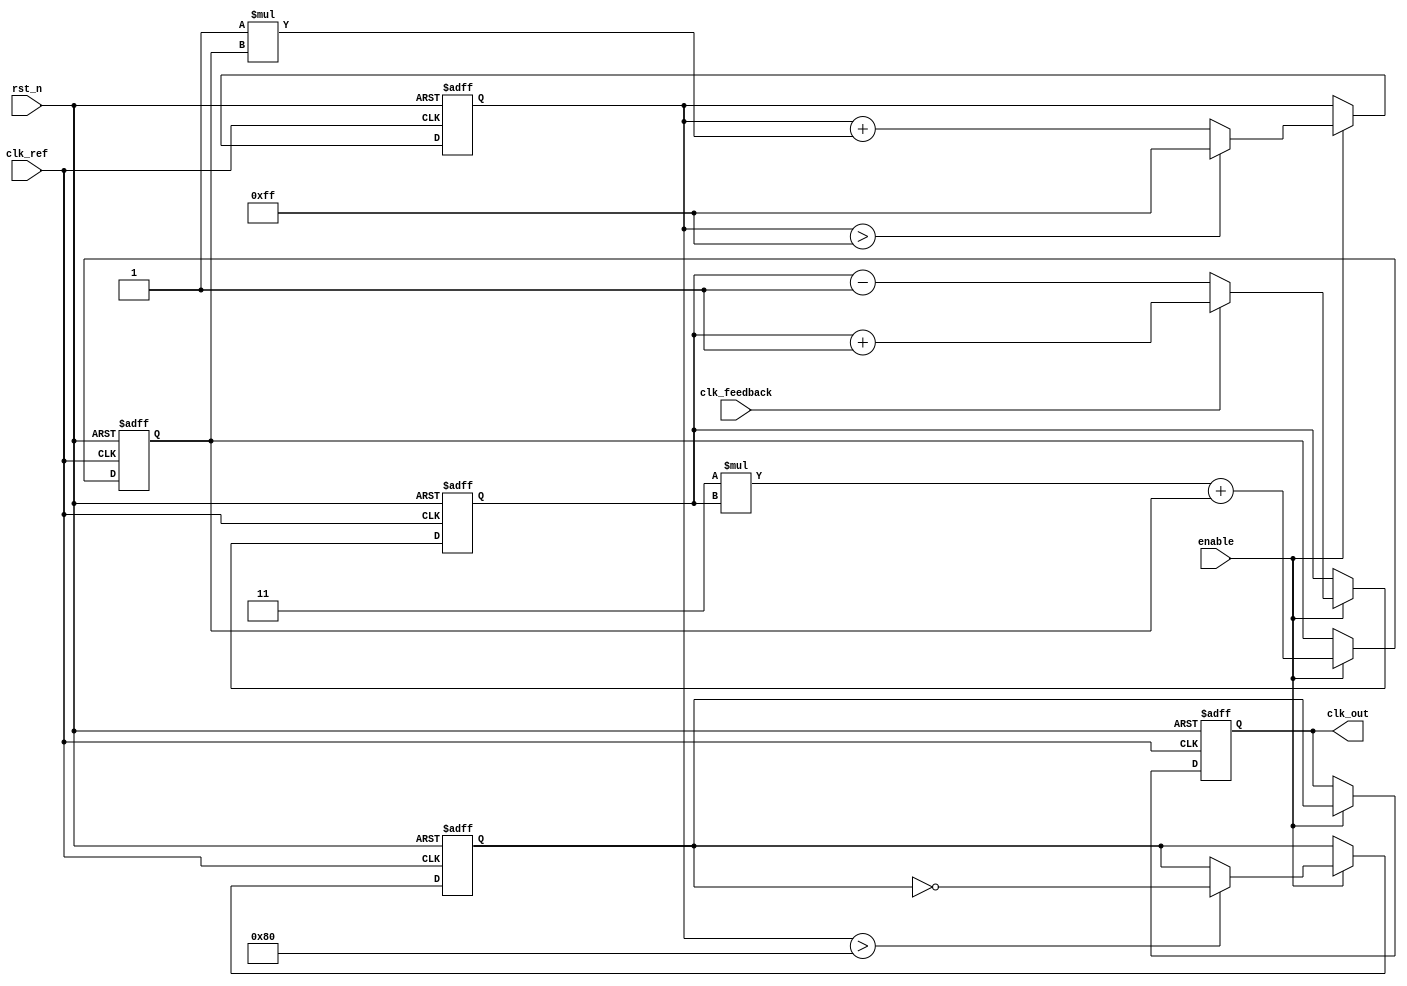
module MemoryBlocksPLL (
    input wire clk_ref,         // Reference clock
    input wire clk_feedback,    // Feedback clock
    input wire rst_n,           // Active low reset
    input wire enable,          // PLL enable
    output reg clk_out          // Output clock
);

    // Parameters for Loop Filter
    parameter PI_GAIN_P = 3;    // Proportional gain
    parameter PI_GAIN_I = 1;    // Integral gain
    parameter MAX_CONTROL = 255; // Max control value for VCO

    // Internal signals
    reg [7:0] error_signal;      // Error signal from phase detector
    reg [7:0] control_voltage;    // Control voltage for VCO
    reg [7:0] filter_output;      // Output from loop filter
    reg [7:0] memory [0:15];      // Memory blocks for phase information
    integer memory_index;         // Index for memory access
    reg vco_clk;                 // VCO clock signal

    // Phase Detector
    always @(posedge clk_ref or negedge rst_n) begin
        if (!rst_n) begin
            error_signal <= 0;
        end else if (enable) begin
            // Simple phase difference detection (could be more complex)
            if (clk_feedback) begin
                error_signal <= error_signal + 1; // Adjust phase difference calculation
            end else begin
                error_signal <= error_signal - 1;
            end
        end
    end

    // Loop Filter (PI Controller)
    always @(posedge clk_ref or negedge rst_n) begin
        if (!rst_n) begin
            filter_output <= 0;
            control_voltage <= 0;
        end else if (enable) begin
            // Proportional part
            filter_output <= (PI_GAIN_P * error_signal) + filter_output;
            // Integral part (simple implementation, could use a more sophisticated method)
            control_voltage <= control_voltage + (PI_GAIN_I * filter_output);
            // Clamp control voltage
            if (control_voltage > MAX_CONTROL) begin
                control_voltage <= MAX_CONTROL;
            end
        end
    end

    // Voltage-Controlled Oscillator (VCO)
    always @(posedge clk_ref or negedge rst_n) begin
        if (!rst_n) begin
            vco_clk <= 0;
            clk_out <= 0;
        end else if (enable) begin
            // Adjust frequency based on control voltage
            if (control_voltage > 128) begin
                vco_clk <= !vco_clk; // Simple toggling
            end
            clk_out <= vco_clk; // Output clock
        end
    end

    // Memory Block - Simple storage for phase information
    always @(posedge clk_ref or negedge rst_n) begin
        if (!rst_n) begin
            memory_index <= 0;
            memory[0] <= 0;
        end else if (enable) begin
            // Store phase information (simplified)
            memory[memory_index] <= error_signal;
            memory_index <= (memory_index + 1) % 16; // Circular buffer
        end
    end

endmodule